Annual vaccination report of Bihar and Orissa - 1911-1928
Year: 1911
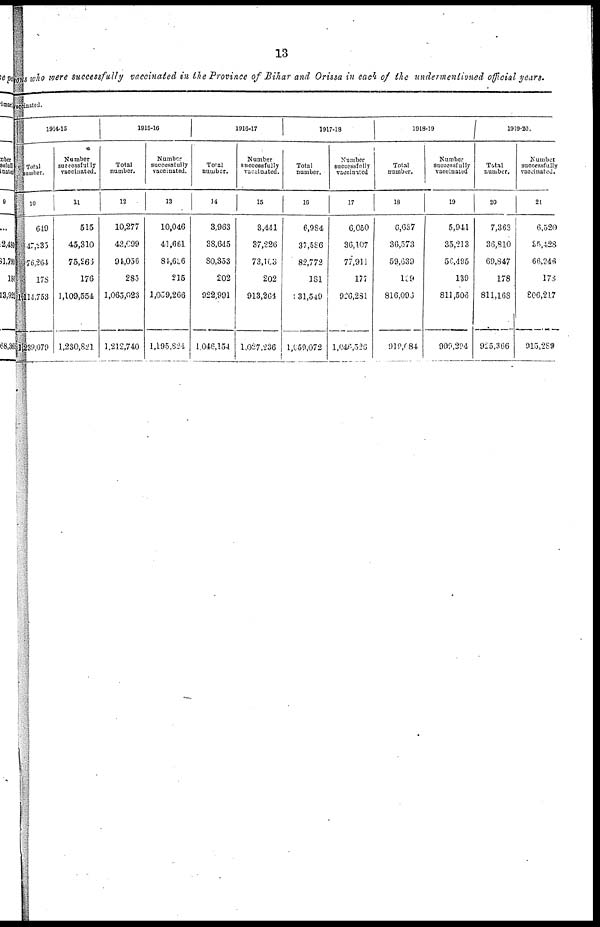
13
sons who were successfully vaccinated in the Province of Bihar and Orissa in each of the undermentioned official years.
vaccinated.
1914-15
Total
number.
10
649
47,235
76,264
178
1,114,753
1,239,079
Number
successfully
vaccinated.
11
515
45,310
75,266
176
1,109,554
1,230,821
1915-16
Total
number.
12
10,277
43,099
94,056
285
1,065,023
1,212,740
Number
successfully
vaccinated.
13
10,046
41,661
84,606
215
1,059,266
1,195,824
1916-17
Total
number.
14
3,963
38,645
80,353
202
922,991
1,046,154
Number
successfully
vaccinated.
15
3,441
37,226
73,103
202
913,264
1,027,236
1917-18
Total
number.
16
6,984
37,586
82,772
181
31,549
1,059,072
Number
successfully
vaccinated
17
6,050
36,107
77,911
177
926,281
l,046,526
1918-19
Total
number.
18
6,637
36,573
59,639
139
816,096
918,84
Number
successfully
vaccinated
19
5,941
35,213
56,495
139
811,506
909,294
1919-20.
Total
number.
20
7,363
36,810
69,847
178
811,168
925,366
Number
successfully
vaccinated.
21
6,520
35,428
66,246
176
806,217
915,289